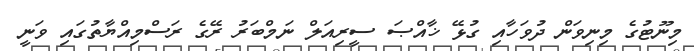
މިނޫޓުގެ މިނިވަން ދުވަހާއި ގުޅޭ ޚާއްޞަ ސީރިއަލް ނަމްބަރު ރޭގެ ރަސްމިއްޔާތުގައި ވަނީ